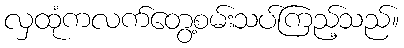
လှထုံကလက်တွေ့စမ်းသပ်ကြည့်သည်။